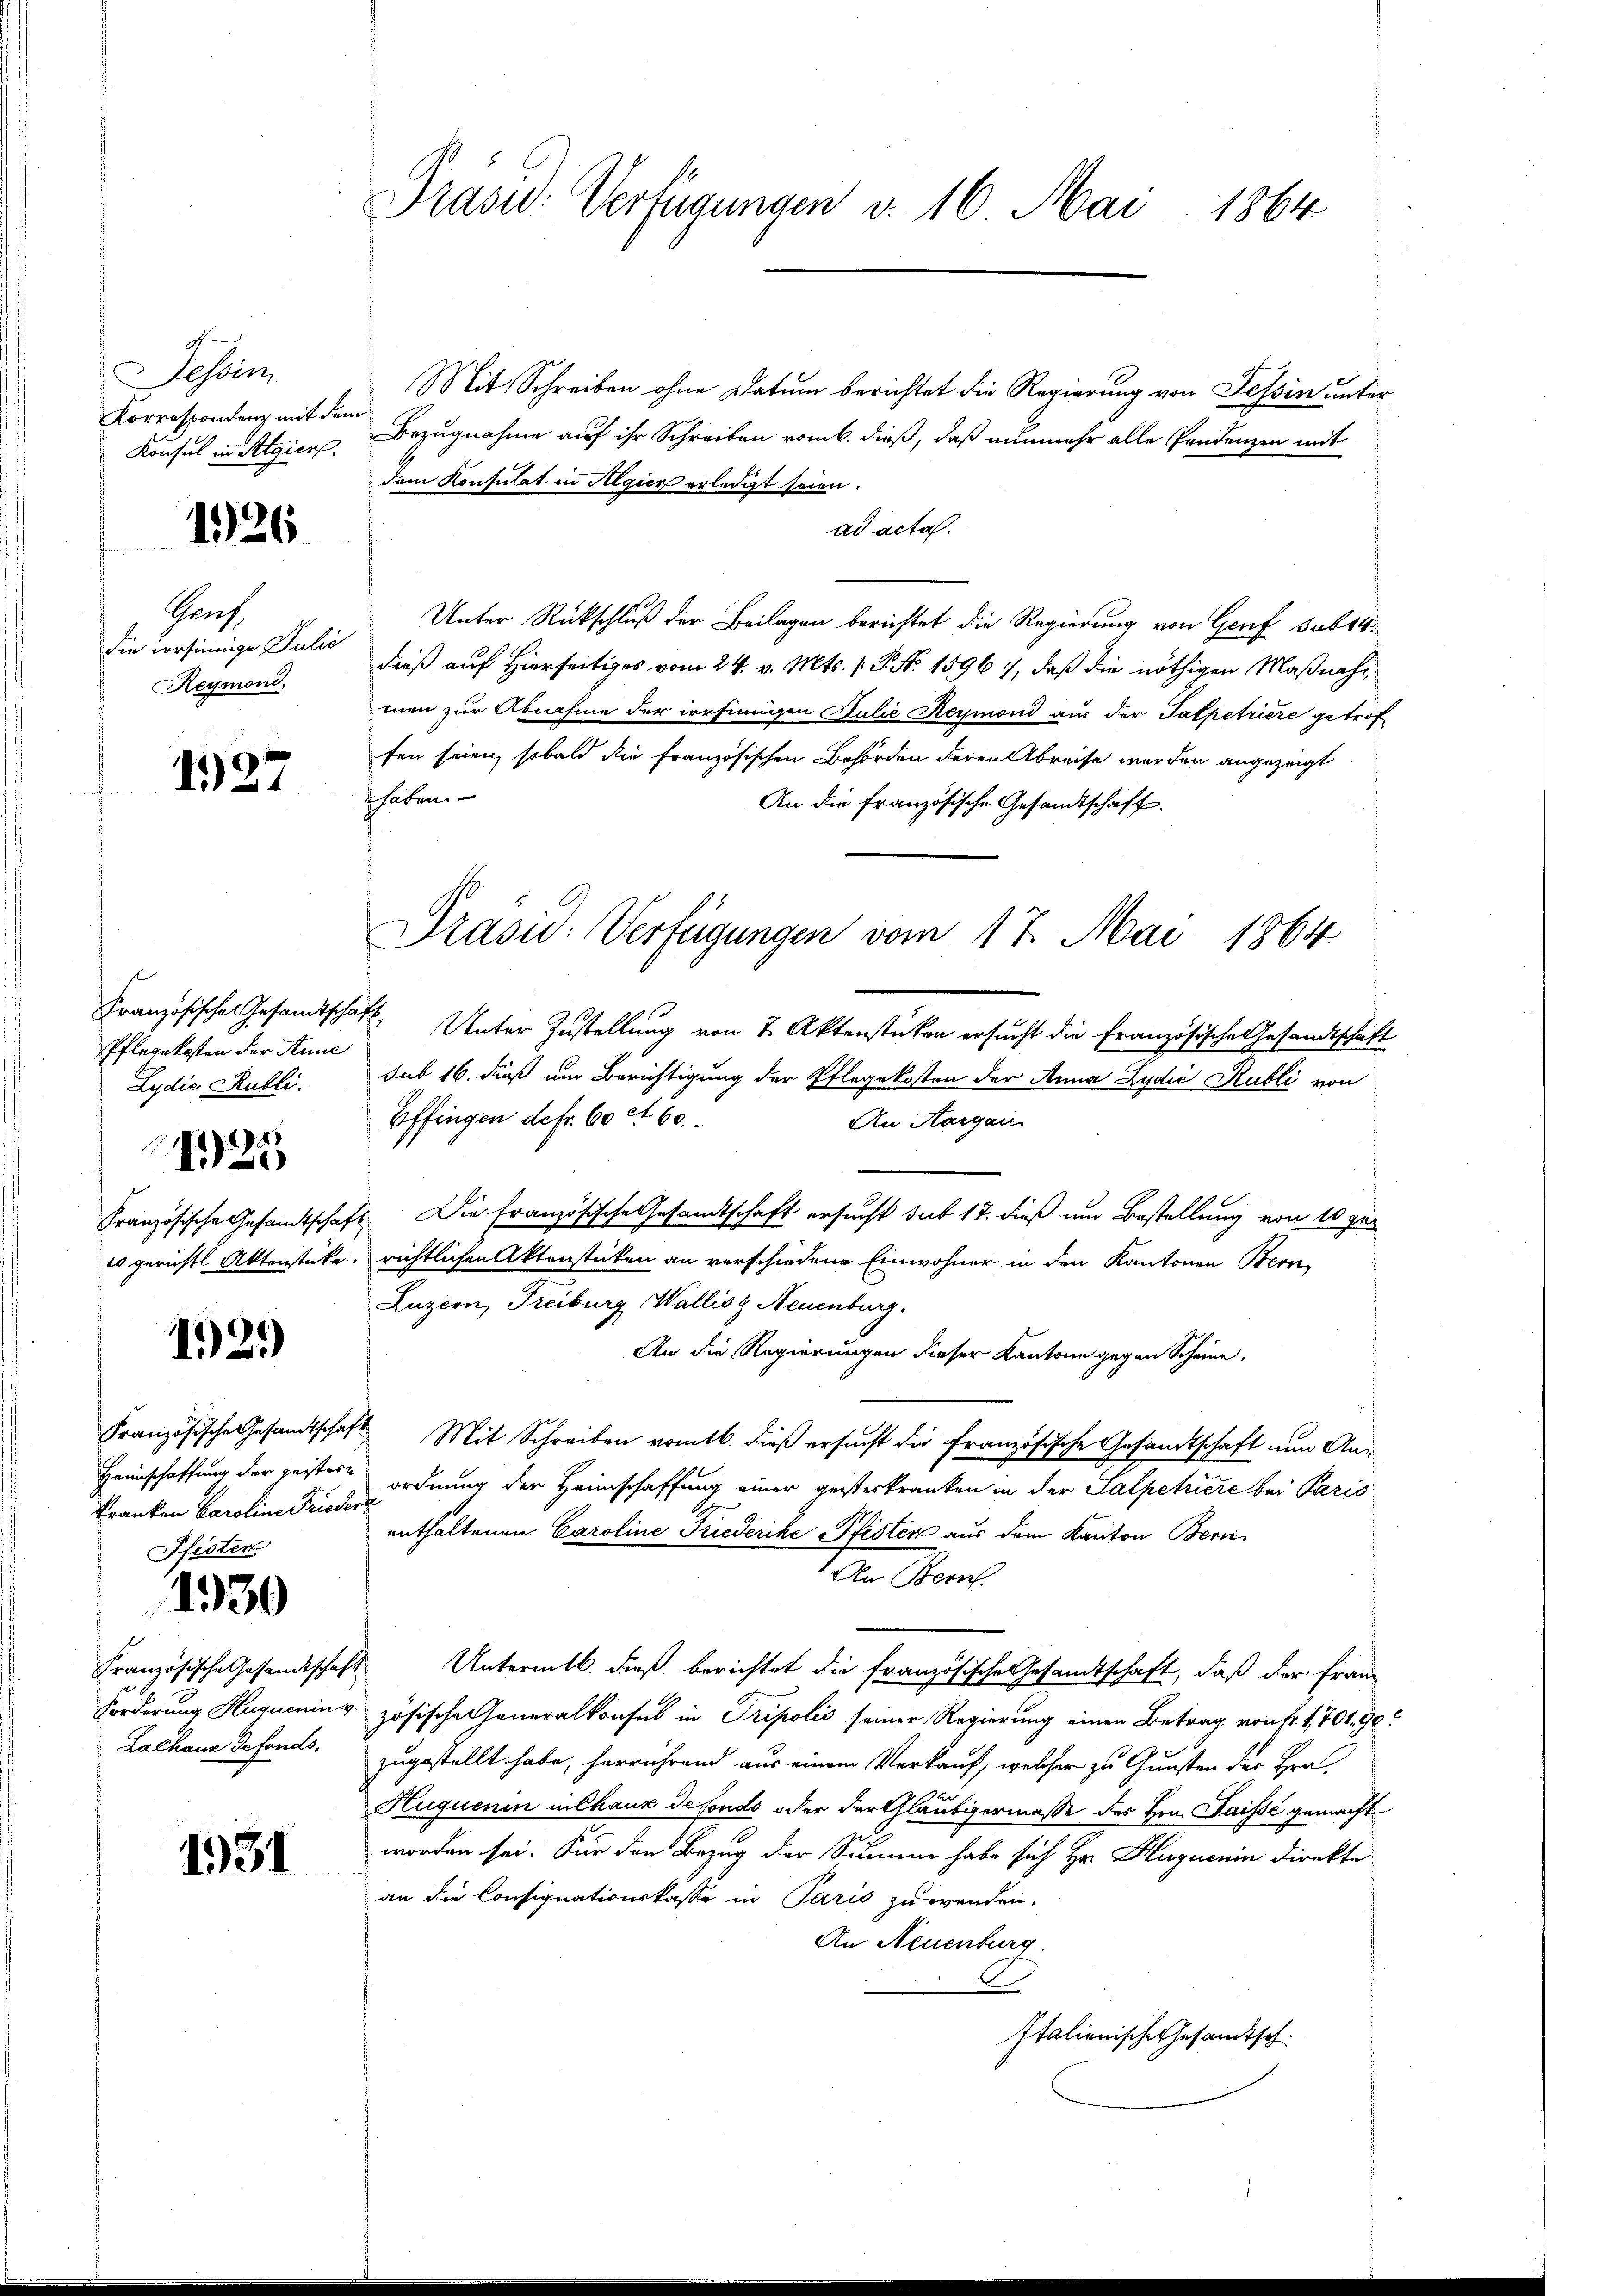
Tessin
Korrespondenz mit dem
Konsul in Algier

126

Graf
die irrsinnige Julie
Reymoni.

1927

Pflegekosten der Anne
Lydić Rubli.
25
120
es gerichtl. Aktenstücke.

1921)

Französische Gesandtschafkranken Caroline Frieder
Histen.

1930

Französische Gesandtschaft
Forderung Hugueninz
Lachaus defonds,

1931

Präsid.: Verfügungen v. 16 Mai 1864

Präsid: Verfügungen vom 17. Mai 1864.

Mit Schreiben ohne Datum berichtet die Regierung von Tessin unter
Bezugnahme auf ihr Schreiben vom 6. dieß, daß nunmehr alle Pandenzen mit
dem Konsulat in Algier erledigt seien.
ad acta.
Unter Rückschluß der Beilagen berichtet die Regierung von Genf subst
dieß auf Hierseitiges vom 24. v. Mts. /: P. Nr. 1596, daß die nöthigen Maßnahmmen zur Abnahme der irrsinnigen Julie Reymond aus der Talpetriere getrof
fen seien, sobald die französischen Behörden deren Abreise werden angezeigt
haben.
An die Französische Gesandtschaft.
Französisches Gesandtschaft. Unter Zustellung von 7. Aktenstücken ersucht die Französische Gesandtschaft
sub 16. dieß um Berichtigung der Pflegekosten der Anna Lydić Kubli von
Effingen defr. 60 rt 60.
An Aargau.
Französische Gesandtschaft. Die französische Gesandtschaft ersucht sub 17. dieß um Bestellung von 10 gerichtlichen Aktenstücken an vorschiedene Einwohner in den Kantonen Bern,
Luzern, Freiburg Wallis, Neuenburg.
An die Regierungen dieser Kantone gegen Scheine
 Mit Schreiben vom 16. daß ersucht die Französische Gesandtschaft nun An¬
Heimschaffung der geister ordnung der Heimschaffung einer geisteskranken in der Salpetriere bei Paris
enthaltenen Caroline Friederike Pfister aus dem Kanton Bern
An Bern
Untermtl. dieß berichtet die französische Gesandtschaft, daß der Franz
zösische Generalkonsul in Tripolić seiner Regierung einen Betrag von Fr. 1701. 90
zugestellt habe, herrührend aus einem Verkauf, welcher zu Gunsten der Hra
Huquenin in Chaux de fonds oder der Gläubigermasse des Hrn. Saisse gemacht
worden sei. Für den Bezug der Summe habe sich Hr. Huguenin direkte
an die Consignationskasse in Paris zuwenden.
An Neuenburg
Italienische Gesandtsch.